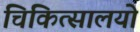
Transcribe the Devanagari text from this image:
चिकित्सालयो